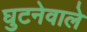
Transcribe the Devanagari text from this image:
घुटनेवाले